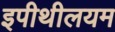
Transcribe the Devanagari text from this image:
इपीथीलयम